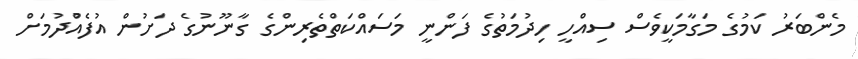
މެންބަރު ކަމުގެ މަގާމަކީވެސް ސިއްހީ ހިދުމަތުގެ ފަންނީ މަސައްކަތްތެރިންގެ ގާނޫނުގެ ދަށުން އުފެއްުދުމަށް